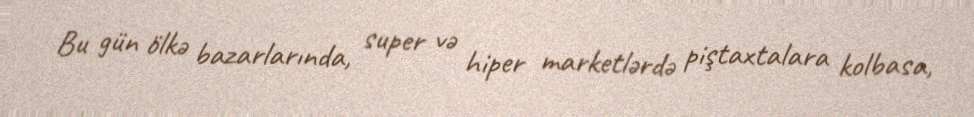
Bu gün ölkə bazarlarında, super və hiper marketlərdə piştaxtalara kolbasa,